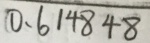
0 . 6 1 4 8 4 8